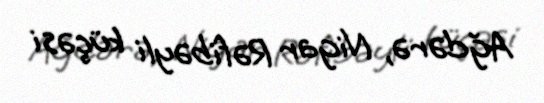
Ağdərə, Nigar Rəfibəyli küçəsi